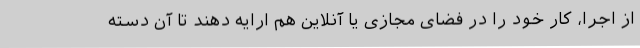
از اجرا، کار خود را در فضای مجازی یا آنلاین هم ارایه دهند تا آن دسته